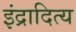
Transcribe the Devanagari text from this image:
इंद्रादित्य